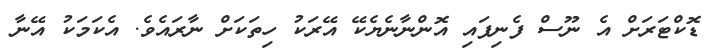
ޑޮކްޓަރަށް އެ ނޫސް ފެނިފައި އޮންނާނެޔެކޭ އޭރަކު ހިތަކަށް ނާރައެވެ. އެކަމަކު އޭނާ